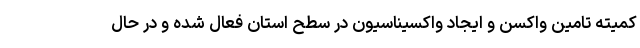
کمیته تامین واکسن و ایجاد واکسیناسیون در سطح استان فعال شده و در حال